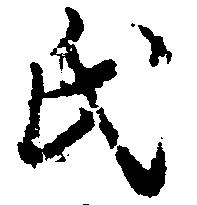
氏